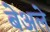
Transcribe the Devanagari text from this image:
बेअले